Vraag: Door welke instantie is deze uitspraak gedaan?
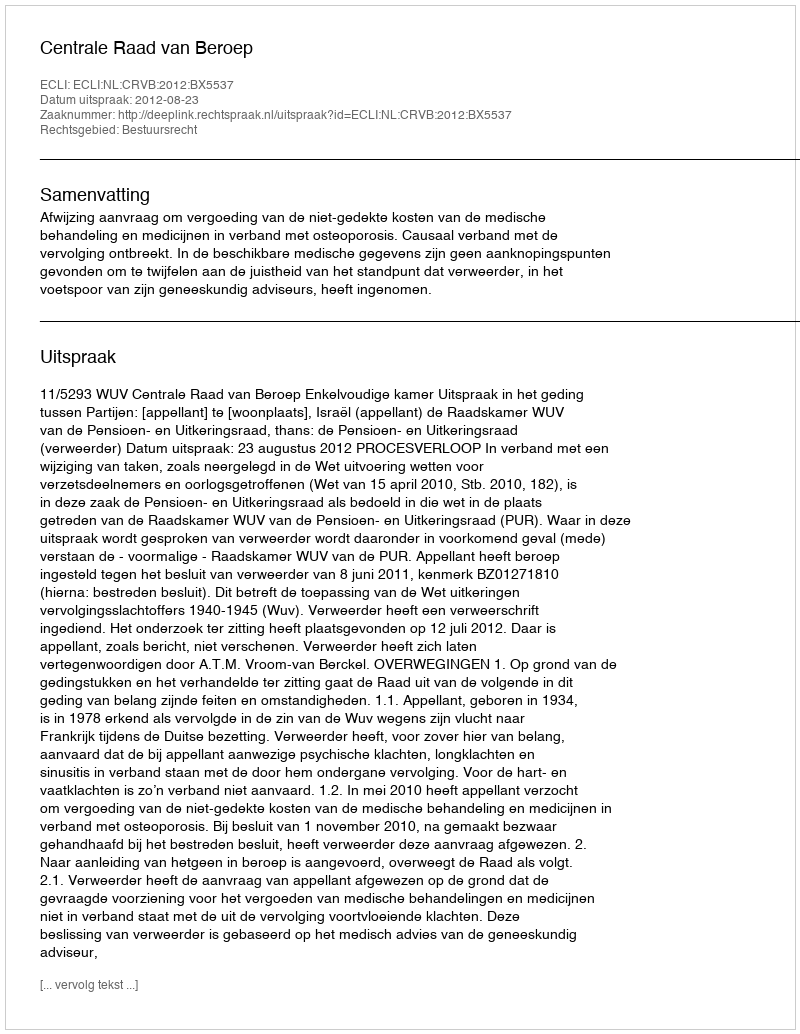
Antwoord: Centrale Raad van Beroep